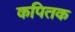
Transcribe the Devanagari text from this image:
कपितक